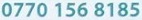
0770 156 8185